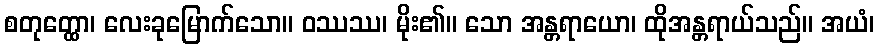
စတုတ္ထော၊ လေးခုမြောက်သော။ ဝဿဿ၊ မိုး၏။ သော အန္တရာယော၊ ထိုအန္တရာယ်သည်။ အယံ၊